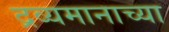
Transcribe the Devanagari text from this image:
द्रव्यमानाच्या